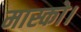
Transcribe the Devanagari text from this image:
मास्को।